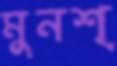
মুনশ্